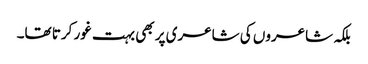
بلکہ شاعروں کی شاعری پر بھی بہت غور کرتا تھا۔